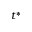
t ^ { * }